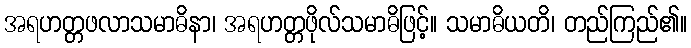
အရဟတ္တဖလာသမာဓိနာ၊ အရဟတ္တဖိုလ်သမာဓိဖြင့်။ သမာဓိယတိ၊ တည်ကြည်၏။